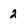
Character: 2